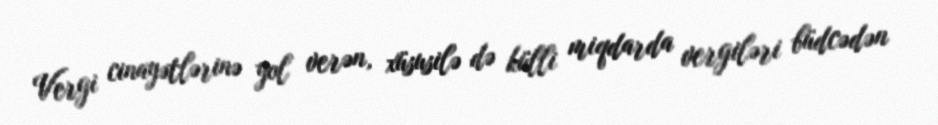
Vergi cinayətlərinə yol verən, xüsusilə də külli miqdarda vergiləri büdcədən